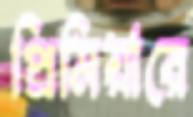
প্রিমিয়ারে